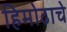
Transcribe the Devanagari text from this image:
हिमोढाचे